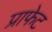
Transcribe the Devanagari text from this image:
प्राफेट